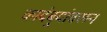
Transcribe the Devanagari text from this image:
कादंबर्‍यांवरून